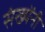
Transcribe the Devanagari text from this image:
संख्येंनी